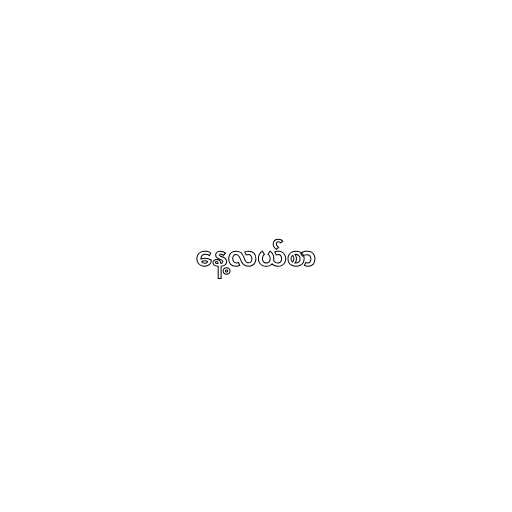
နေ့လယ်စာ